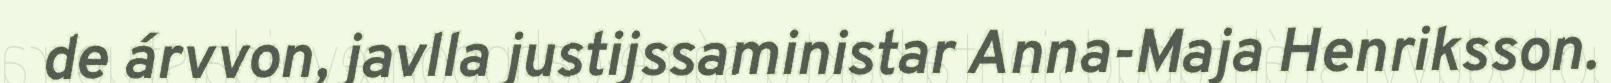
de árvvon, javlla justijssaministar Anna-Maja Henriksson.